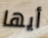
أيها